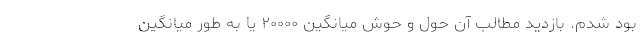
بود شدم. بازديد مطالب آن حول و حوش میانگین ۲۰۰۰۰ یا به طور ميانگين